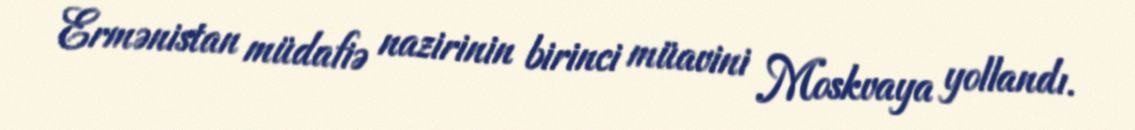
Ermənistan müdafiə nazirinin birinci müavini Moskvaya yollandı.